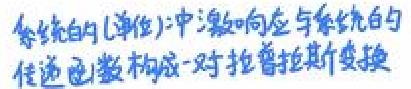
系统的(单位)冲激响应与系统的传递函数构成一对拉普拉斯变换